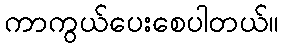
ကာကွယ်ပေးစေပါတယ်။